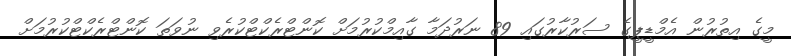
މީގެ އިތުރުން އެމްޑީޕީގެ ސަރުކާރުގައި 89 ނަރުދަމާ ގާއިމްކުރުމަށް ކޮންޓްރެކްޓްކުރެވި ނުވަތަ ކޮންޓްރެކްޓްކުރުމަށް